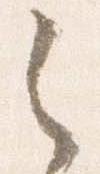
之